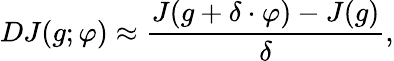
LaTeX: DJ(g;\varphi)\approx\frac{J(g+\delta\cdot\varphi)-J(g)}{\delta},